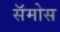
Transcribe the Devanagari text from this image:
सॅमोस